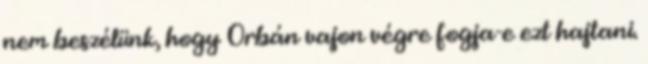
nem beszélünk, hogy Orbán vajon végre fogja-e ezt hajtani.